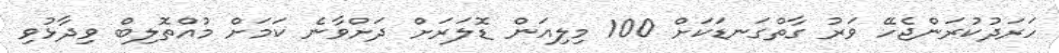
ހަރަދުކުރަންޖެހޭ ވަރު ގާތްގަނޑަކަށް 100 މިލިއަން ޑޮލަރަށް ދަށްވާނެ ކަމަށް މުއްތޮލިބް ވިދާޅުވި